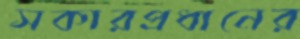
সকারপ্রধানের